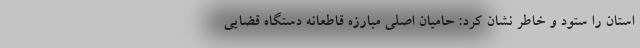
استان را ستود و خاطر نشان کرد: حامیان اصلی مبارزه قاطعانه دستگاه قضایی